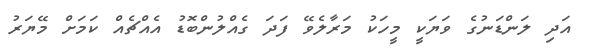
އަދި ލަންޑަނުގެ ވަޔަކީ މީހަކު މަރާލެވޭ ފަދަ ގެއްލުންބޮޑު އެއްޗެއް ކަމަށް މޭޔަރު